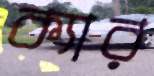
ক্যার